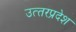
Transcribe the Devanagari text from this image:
उत्‍तरप्रदेश